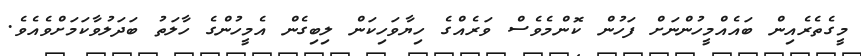
މީގެތެރެއިން ބައެއްމީހުންނަށް ފަހުން ކޮންމެވެސް ވަރެއްގެ ހިޔާވަހިކަން ލިބިގެން އެމީހުންގެ ހާލަތު ބަދަލުވާކަމަށްވެއެވެ.